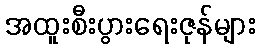
အထူးစီးပွားရေးဇုန်များ